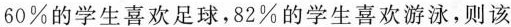
60% 的学生喜欢足球，82% 的学生喜欢游泳，则该